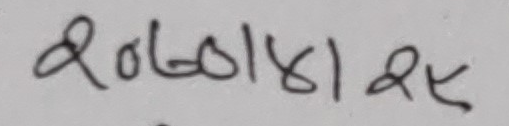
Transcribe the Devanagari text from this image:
2०७०|४|२६